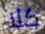
كلا